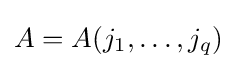
A=A(j_{1},\ldots ,j_{q})